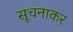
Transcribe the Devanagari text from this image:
सूचनाकर